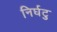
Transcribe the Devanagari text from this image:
निर्घटु